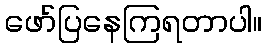
ဖော်ပြနေကြရတာပါ။